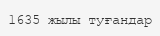
1635 жылы туғандар